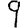
Digit: 9